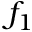
f _ { 1 }